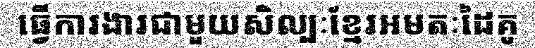
ធ្វើការងារជាមួយសិល្បៈខ្មែរអមតៈដៃគូ